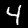
Digit: 4